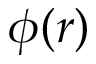
\phi ( r )